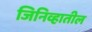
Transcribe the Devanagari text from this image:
जिनिव्हातील